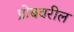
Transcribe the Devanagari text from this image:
प्रोबवरील